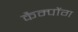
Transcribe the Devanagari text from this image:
कैम्पोंग